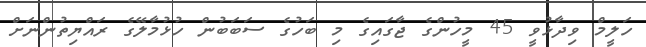
ހަލީމް ވިދާޅުވީ 45 މީހުންގެ ޖާގައިގެ މި ބަހުގެ ސަބަބުން ހުޅުމާލޭގެ ރައްޔިތުންނަށް